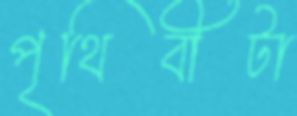
পৃথিবীটা